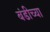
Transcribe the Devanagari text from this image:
बंडीच्या